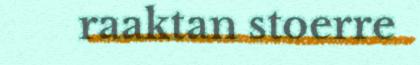
raaktan stoerre